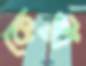
কেস্টা